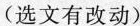
(选文有改动)